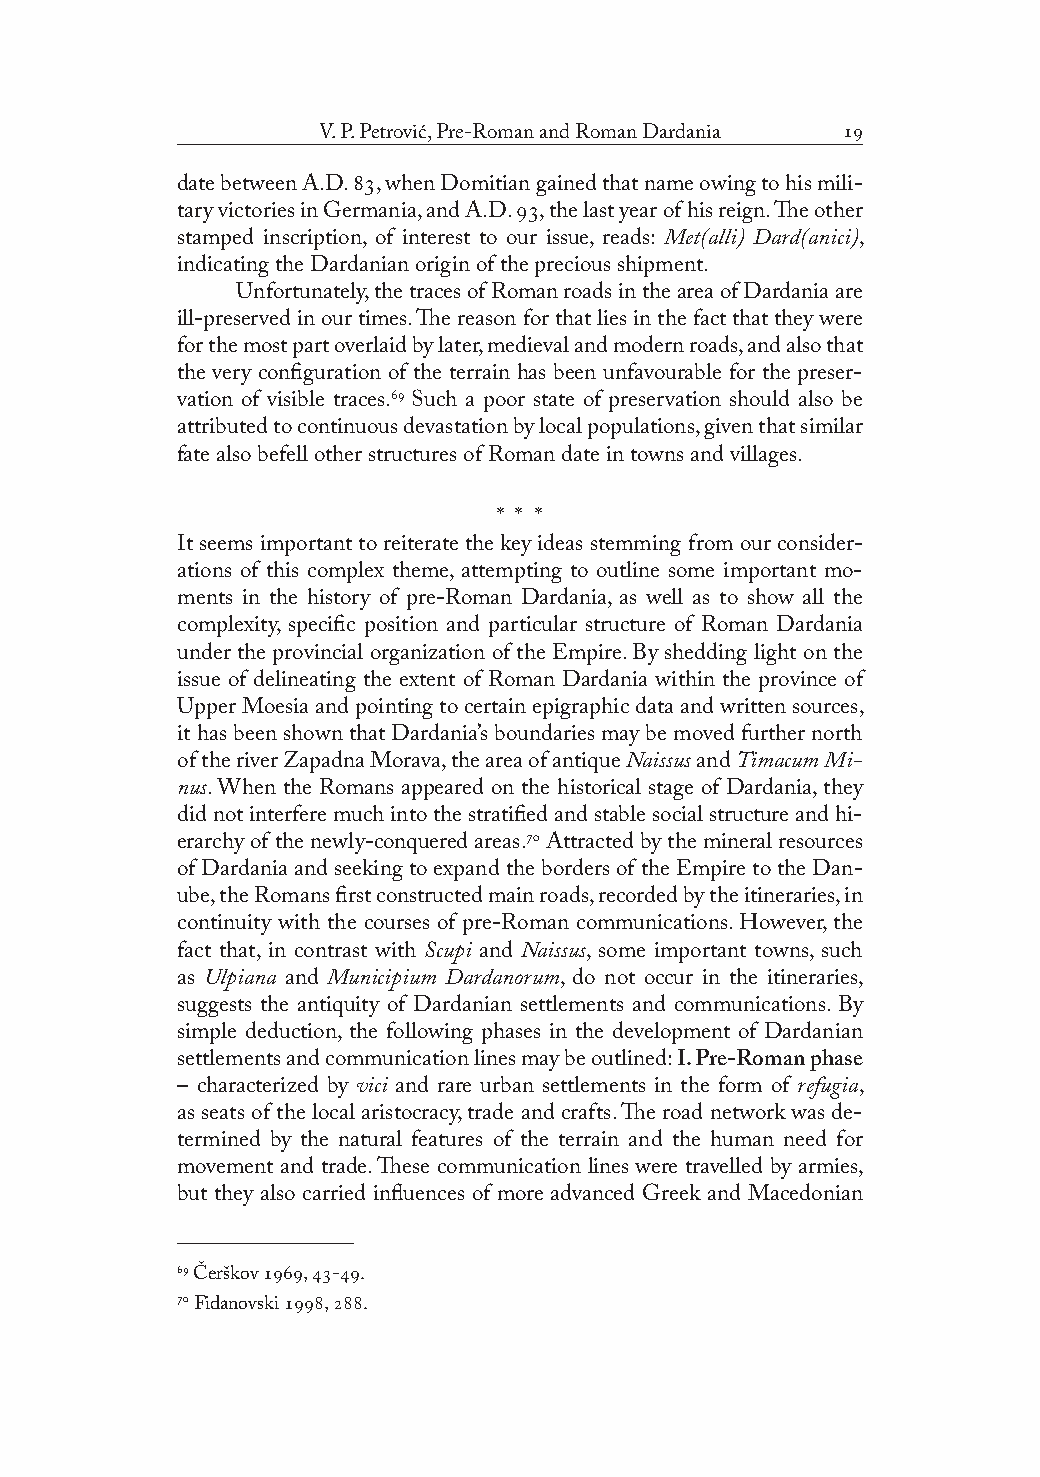
V. P. Petrović, Pre-Roman and Roman Dardania 
 date between A.D. , when Domitian gained that name owing to his mili-
 tary victories in Germania, and A.D. , the last year of his reign. The other
 stamped inscription, of interest to our issue, reads: Met(alli) Dard(anici),
 indicating the Dardanian origin of the precious shipment.
 Unfortunately, the traces of Roman roads in the area of Dardania are
 ill-preserved in our times. The reason for that lies in the fact that they were
 for the most part overlaid by later, medieval and modern roads, and also that
 the very configuration of the terrain has been unfavourable for the preser-
 vation of visible traces. Such a poor state of preservation should also be
 attributed to continuous devastation by local populations, given that similar
 fate also befell other structures of Roman date in towns and villages.
 * * *
 It seems important to reiterate the key ideas stemming from our consider-
 ations of this complex theme, attempting to outline some important mo-
 ments in the history of pre-Roman Dardania, as well as to show all the
 complexity, specific position and particular structure of Roman Dardania
 under the provincial organization of the Empire. By shedding light on the
 issue of delineating the extent of Roman Dardania within the province of
 Upper Moesia and pointing to certain epigraphic data and written sources,
 it has been shown that Dardania’s boundaries may be moved further north
 of the river Zapadna Morava, the area of antique Naissus and Timacum Mi-
 nus. When the Romans appeared on the historical stage of Dardania, they
 did not interfere much into the stratified and stable social structure and hi-
 erarchy of the newly-conquered areas. Attracted by the mineral resources
 of Dardania and seeking to expand the borders of the Empire to the Dan-
 ube, the Romans first constructed main roads, recorded by the itineraries, in
 continuity with the courses of pre-Roman communications. However, the
 fact that, in contrast with Scupi and Naissus, some important towns, such
 as Ulpiana and Municipium Dardanorum, do not occur in the itineraries,
 suggests the antiquity of Dardanian settlements and communications. By
 simple deduction, the following phases in the development of Dardanian
 settlements and communication lines may be outlined: I. Pre-Roman phase
 – characterized by vici and rare urban settlements in the form of refugia,
 as seats of the local aristocracy, trade and crafts. The road network was de-
 termined by the natural features of the terrain and the human need for
 movement and trade. These communication lines were travelled by armies,
 but they also carried influences of more advanced Greek and Macedonian
  Čerškov , -.
  Fidanovski , .